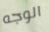
الوجه